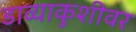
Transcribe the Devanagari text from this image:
डाव्याकुशीवर